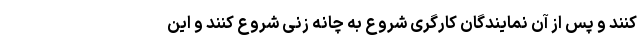
کنند و پس از آن نمایندگان کارگری شروع به چانه زنی شروع کنند و این